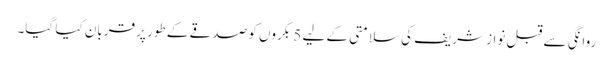
روانگی سے قبل نواز شریف کی سلامتی کے لیے 5 بکروں کو صدقے کے طور پر قربان کیا گیا۔